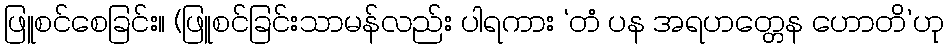
ဖြူစင်စေခြင်း။ (ဖြူစင်ခြင်းသာမန်လည်း ပါရကား ‘တံ ပန အရဟတ္တေန ဟောတိ’ဟု